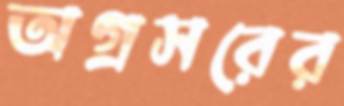
অগ্রসরের